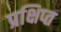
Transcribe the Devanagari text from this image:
प्रक्षिप्‍त